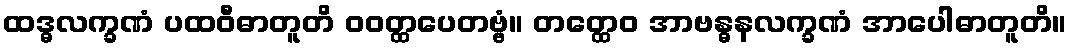
ထဒ္ဓလက္ခဏံ ပထဝီဓာတူတိ ဝဝတ္ထပေတဗ္ဗံ။ တတ္ထေဝ အာဗန္ဓနလက္ခဏံ အာပေါဓာတူတိ။